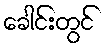
ခေါင်းတွင်